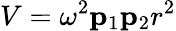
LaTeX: V=\omega^{2}\mathbf{p}_{1}\mathbf{p}_{2}r^{2}